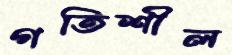
গতিশীল